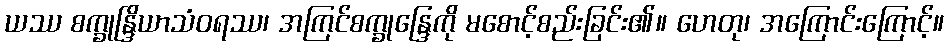
ယဿ စက္ခုန္ဒြိယာသံဝရဿ၊ အကြင်စက္ခုန္ဒြေကို မစောင့်စည်းခြင်း၏။ ဟေတု၊ အကြောင်းကြောင့်။